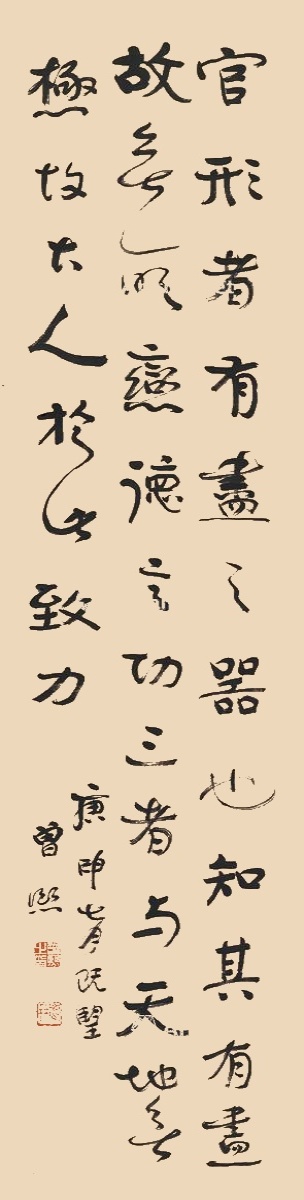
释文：官形者有尽之器也，知其有尽故无所恋。德言功三者，与天地无极，故古人于此致力。庚申七月既望，曾熙。